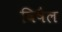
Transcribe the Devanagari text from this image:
विषैल